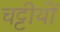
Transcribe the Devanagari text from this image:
चट्टीयों